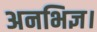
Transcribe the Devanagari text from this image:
अनभिज्ञ।